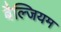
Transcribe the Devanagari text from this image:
बैल्जियम